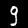
Digit: 9